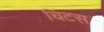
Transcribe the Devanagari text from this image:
चिटस